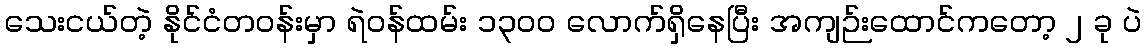
သေးငယ်တဲ့ နိုင်ငံတဝန်းမှာ ရဲဝန်ထမ်း ၁၃၀၀ လောက်ရှိနေပြီး အကျဉ်းထောင်ကတော့ ၂ ခု ပဲ